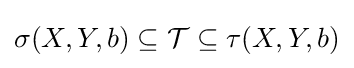
\sigma (X,Y,b)\subseteq {\mathcal {T}}\subseteq \tau (X,Y,b)